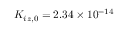
K _ { i z , 0 } = 2 . 3 4 \times 1 0 ^ { - 1 4 }